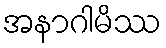
အနာဂါမိဿ